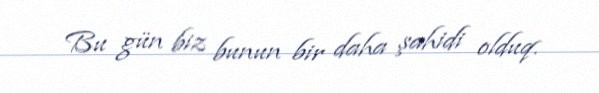
Bu gün biz bunun bir daha şahidi olduq.